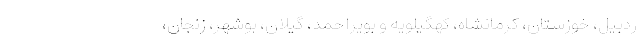
ردبیل، خوزستان، کرمانشاه، کهگیلویه و بویراحمد، گیلان، بوشهر، زنجان،